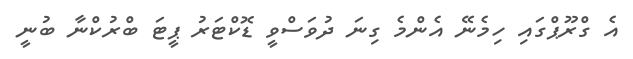
އެ ގްރޫޕްގައި ހިމެނޭ އެންމެ ގިނަ ދުވަސްވީ ޑޮކްޓަރު ޕީޓަ ބްރުކްނާ ބުނީ